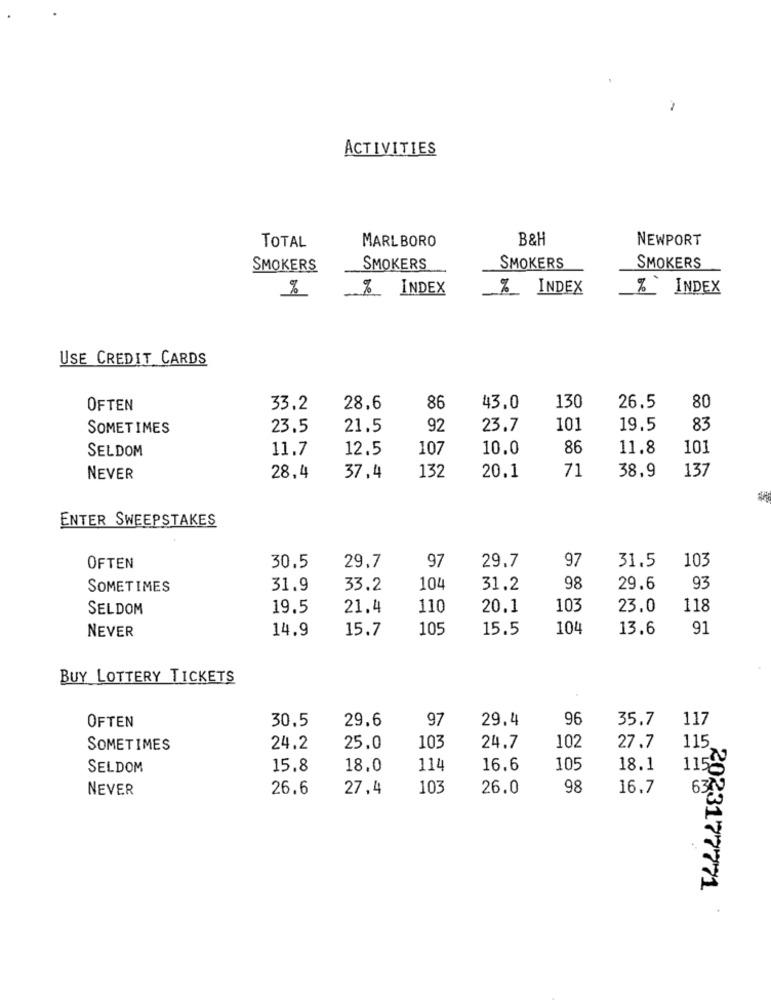
ACTIVITIES
B&H
NEWPORT
TOTAL
MARLBORO
SMOKERS
SMOKERS
SMOKERS
SMOKERS
%
%_ INDEX
% INDEX
% INDEX
USE CREDIT CARDS
OFTEN
33.2
28.6
86
43,0
130
26.5
80
SOMETIMES
23.5
21.5
92
23.7
101
19.5
83
SELDOM
11.7
12.5
107
10.0
86
11.8
101
132
71
38.9
137
NEVER
28.4
37,4
20.1
ENTER SWEEPSTAKES
97
OFTEN
30.5
29.7
97
29.7
31.5
103
SOMETIMES
31.9
33.2
104
31.2
98
29.6
93
SELDOM
19.5
21.4
110
20.1
103
23.0
118
NEVER
14.9
15.7
105
15.5
104
13.6
91
BUY LOTTERY TICKETS
OFTEN
30.5
29.6
97
29.4
96
35.7
117
SOMETIMES
24.2
25.0
103
24.7
102
27.7
115
115
SELDOM
15.8
18.0
114
16.6
105
18.1
NEVER
26.6
27,4
103
26.0
98
16.7
6310
2023177771